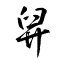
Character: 舁